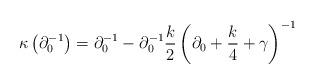
LaTeX: \begin{align*}\kappa\left(\partial_{0}^{-1}\right)=\partial_{0}^{-1}-\partial_{0}^{-1}\frac{k}{2}\left(\partial_{0}+\frac{k}{4}+\gamma\right)^{-1}\end{align*}